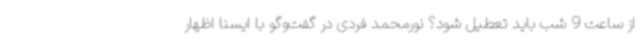
از ساعت 9 شب باید تعطیل شود؟ نورمحمد فردی در گفت‌وگو با ایسنا اظهار